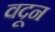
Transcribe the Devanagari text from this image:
वदून